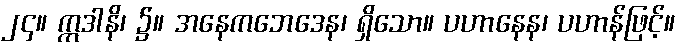
၂၄။ ဣဒါနိ၊ ၌။ အနေကဘေဒေန၊ ရှိသော။ ပဟာနေန၊ ပဟာန်ဖြင့်။